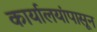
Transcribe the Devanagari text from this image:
कार्यालयांपासून